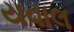
યવાલ